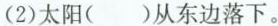
(2)太阳( )从东边落下。